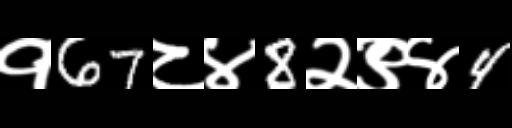
Text: १67८४8२९४4